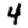
Digit: 4